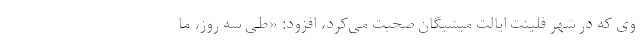
وی که در شهر فلینت ایالت میشیگان صحبت می‌کرد، افزود: «طی سه روز، ما